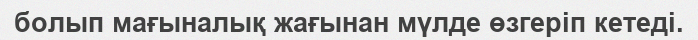
болып мағыналық жағынан мүлде өзгерiп кетедi.